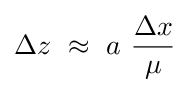
\Delta z\,\,\approx \,\,a\,\,{\frac {\Delta x}{\mu }}